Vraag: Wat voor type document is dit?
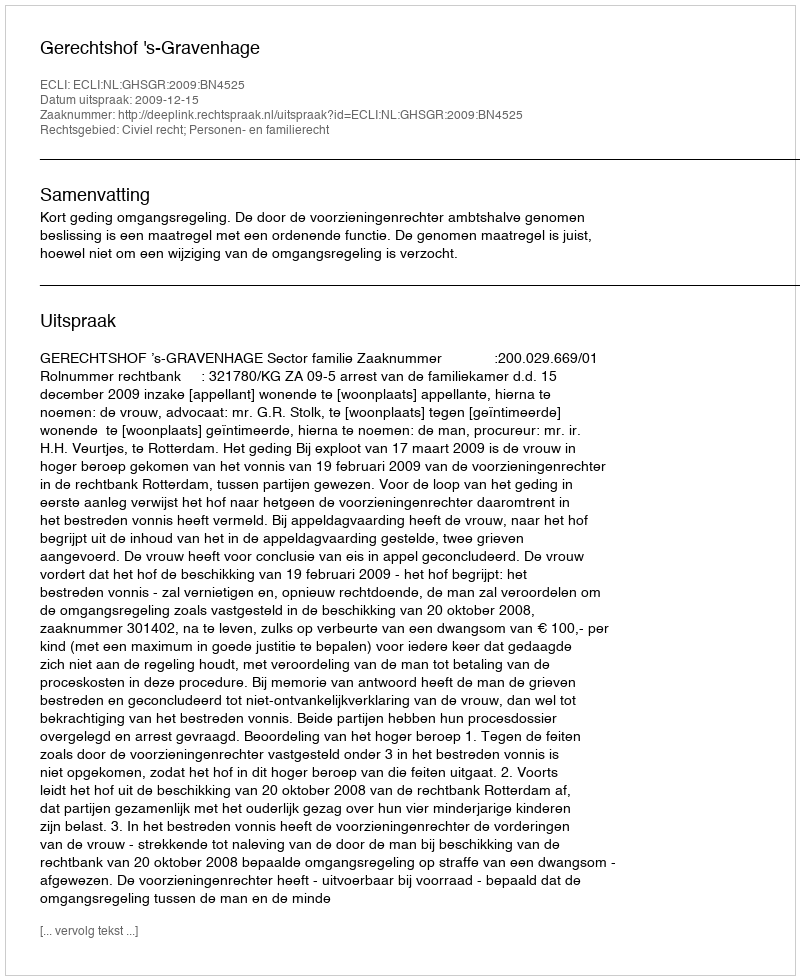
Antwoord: Uitspraak